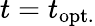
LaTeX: t=t_{\mathrm{opt.}}